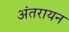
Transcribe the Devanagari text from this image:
अंतरायन